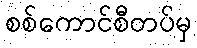
စစ်ကောင်စီတပ်မှ